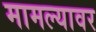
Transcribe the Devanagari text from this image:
मामल्यावर